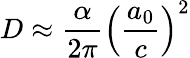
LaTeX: D\approx\frac{\alpha}{2\pi}\left(\frac{a_{0}}{c}\right)^{2}